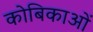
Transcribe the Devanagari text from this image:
कोबिकाओं